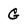
Character: G